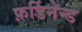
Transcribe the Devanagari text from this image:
फ़र्डिनेन्ड